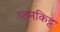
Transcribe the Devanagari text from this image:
प्लनकिट्ट